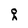
Character: q